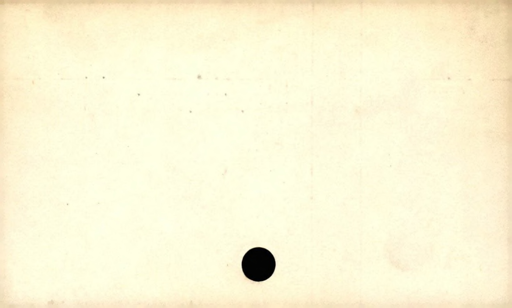
Label: blank